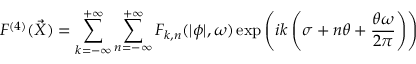
{ \cal F } ^ { ( 4 ) } ( \vec { X } ) = \sum _ { k = - \infty } ^ { + \infty } \sum _ { n = - \infty } ^ { + \infty } { \cal F } _ { k , n } ( | \phi | , \omega ) \exp \left( i k \left( \sigma + n \theta + \frac { \theta \omega } { 2 \pi } \right) \right)